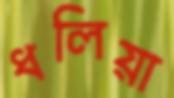
ধলিয়া